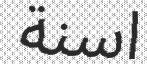
اسنة